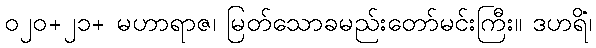
၀၂၀+၂၁+ မဟာရာဇ၊ မြတ်သောခမည်းတော်မင်းကြီး။ ဒဟရိံ၊